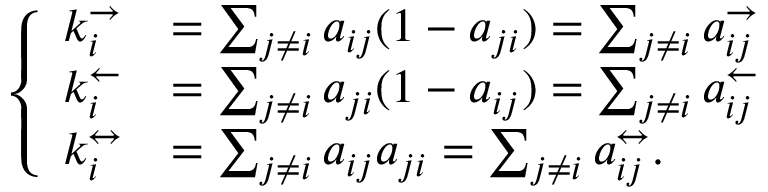
\left\{ \begin{array} { l l } { k _ { i } ^ { \rightarrow } } & { = \sum _ { j \neq i } a _ { i j } ( 1 - a _ { j i } ) = \sum _ { j \neq i } a _ { i j } ^ { \rightarrow } } \\ { k _ { i } ^ { \leftarrow } } & { = \sum _ { j \neq i } a _ { j i } ( 1 - a _ { i j } ) = \sum _ { j \neq i } a _ { i j } ^ { \leftarrow } } \\ { k _ { i } ^ { \leftrightarrow } } & { = \sum _ { j \neq i } a _ { i j } a _ { j i } = \sum _ { j \neq i } a _ { i j } ^ { \leftrightarrow } . } \end{array} \right.